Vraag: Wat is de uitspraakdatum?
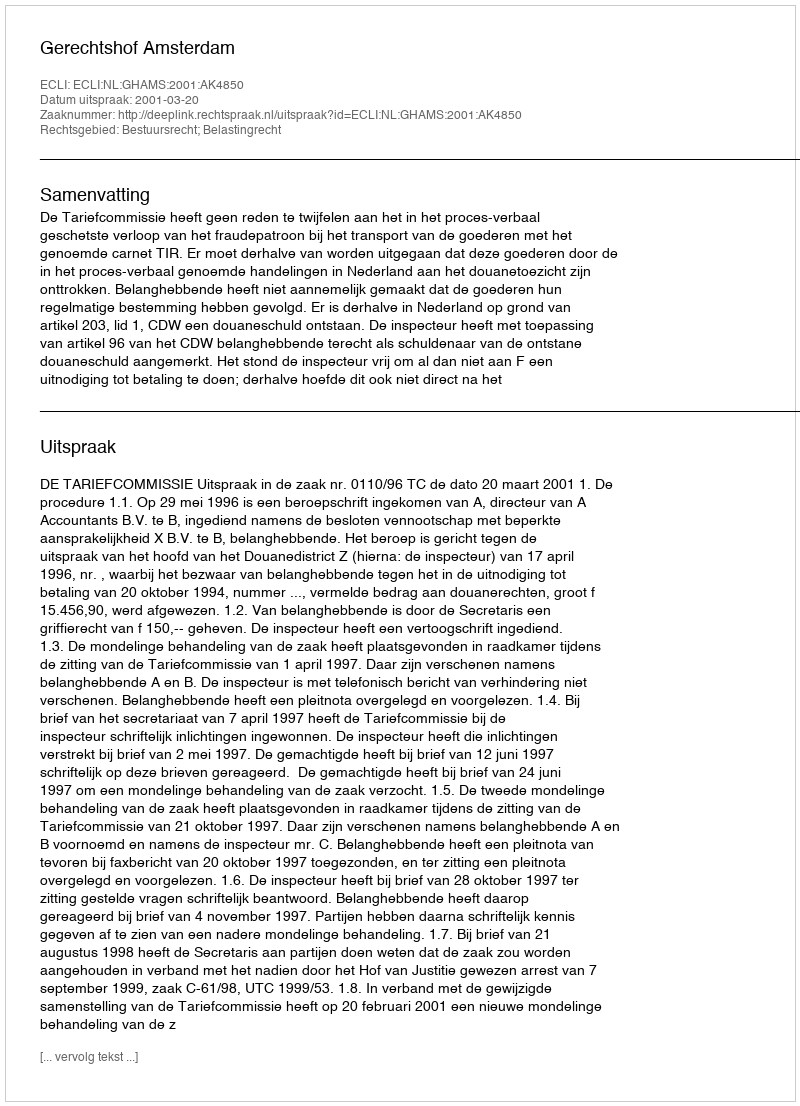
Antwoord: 2001-03-20